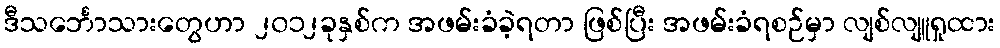
ဒီသင်္ဘောသားတွေဟာ ၂၀၁၂ခုနှစ်က အဖမ်းခံခဲ့ရတာ ဖြစ်ပြီး အဖမ်းခံရစဉ်မှာ လျစ်လျူရှုထား